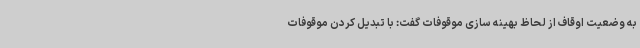
به وضعیت اوقاف از لحاظ بهینه سازی موقوفات گفت: با تبدیل کردن موقوفات